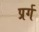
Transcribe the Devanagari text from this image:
प्रर्ग